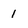
Character: 1